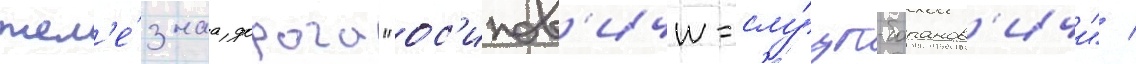
жел'е́знаа дорога "ос'ипов'ичи-слу́цк-баранов'ичи" /